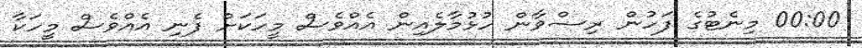
00:00 މިނެޓުގެ ފަހުން ރިޟްވާން ހުޅުމާލެއިން އެއްވެސް މީހަކަށް ފެނި އެއްވެސް މީހަކާ